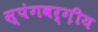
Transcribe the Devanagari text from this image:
स्पंगवर्ग़ीय